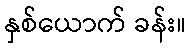
နှစ်ယောက် ခန်း။